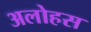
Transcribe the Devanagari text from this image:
अलोहस